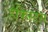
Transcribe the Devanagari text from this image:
हेफिस्टस